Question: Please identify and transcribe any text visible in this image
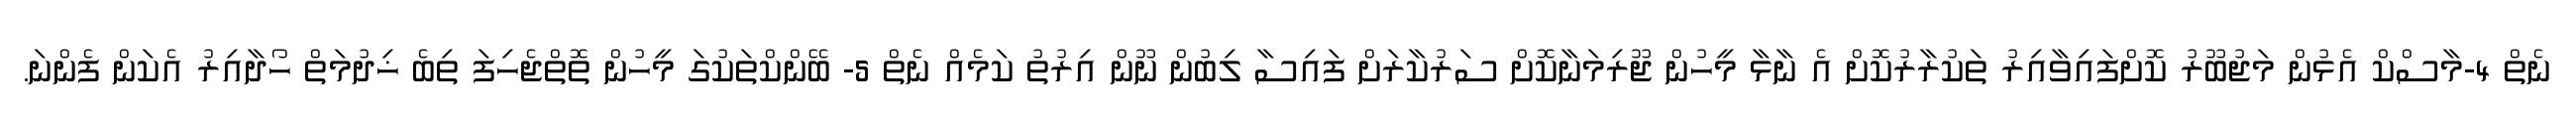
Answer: ނެތް 4-މާސްކް އެޅުން މަޖުބޫރު ކޮށްފައިވާއިރު ތަކުރާރުކޮށް އެ ނާޅާ މީހުން ޖޫރިމަނާކޮށް ސަރުކާރަށް ފައިސާ ލިބުން ނޫން އިރުތު ކަމެއް ނެތް 5- ބޭންކްތަކުގަ މީހުން ތޮތްޖެހިފަ ތިބެ ޚިދުމަތް ހޯދާއިރު އެކަން ފެންނަ.